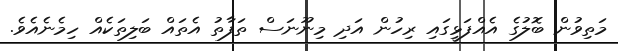
މަތިވުން ބޮލުގެ އެއްފަޅީގައި ރިހުން އަދި މިނޫނަސް ތަފާތު އެތައް ބަލިތަކެއް ހިމެނެއެވެ.